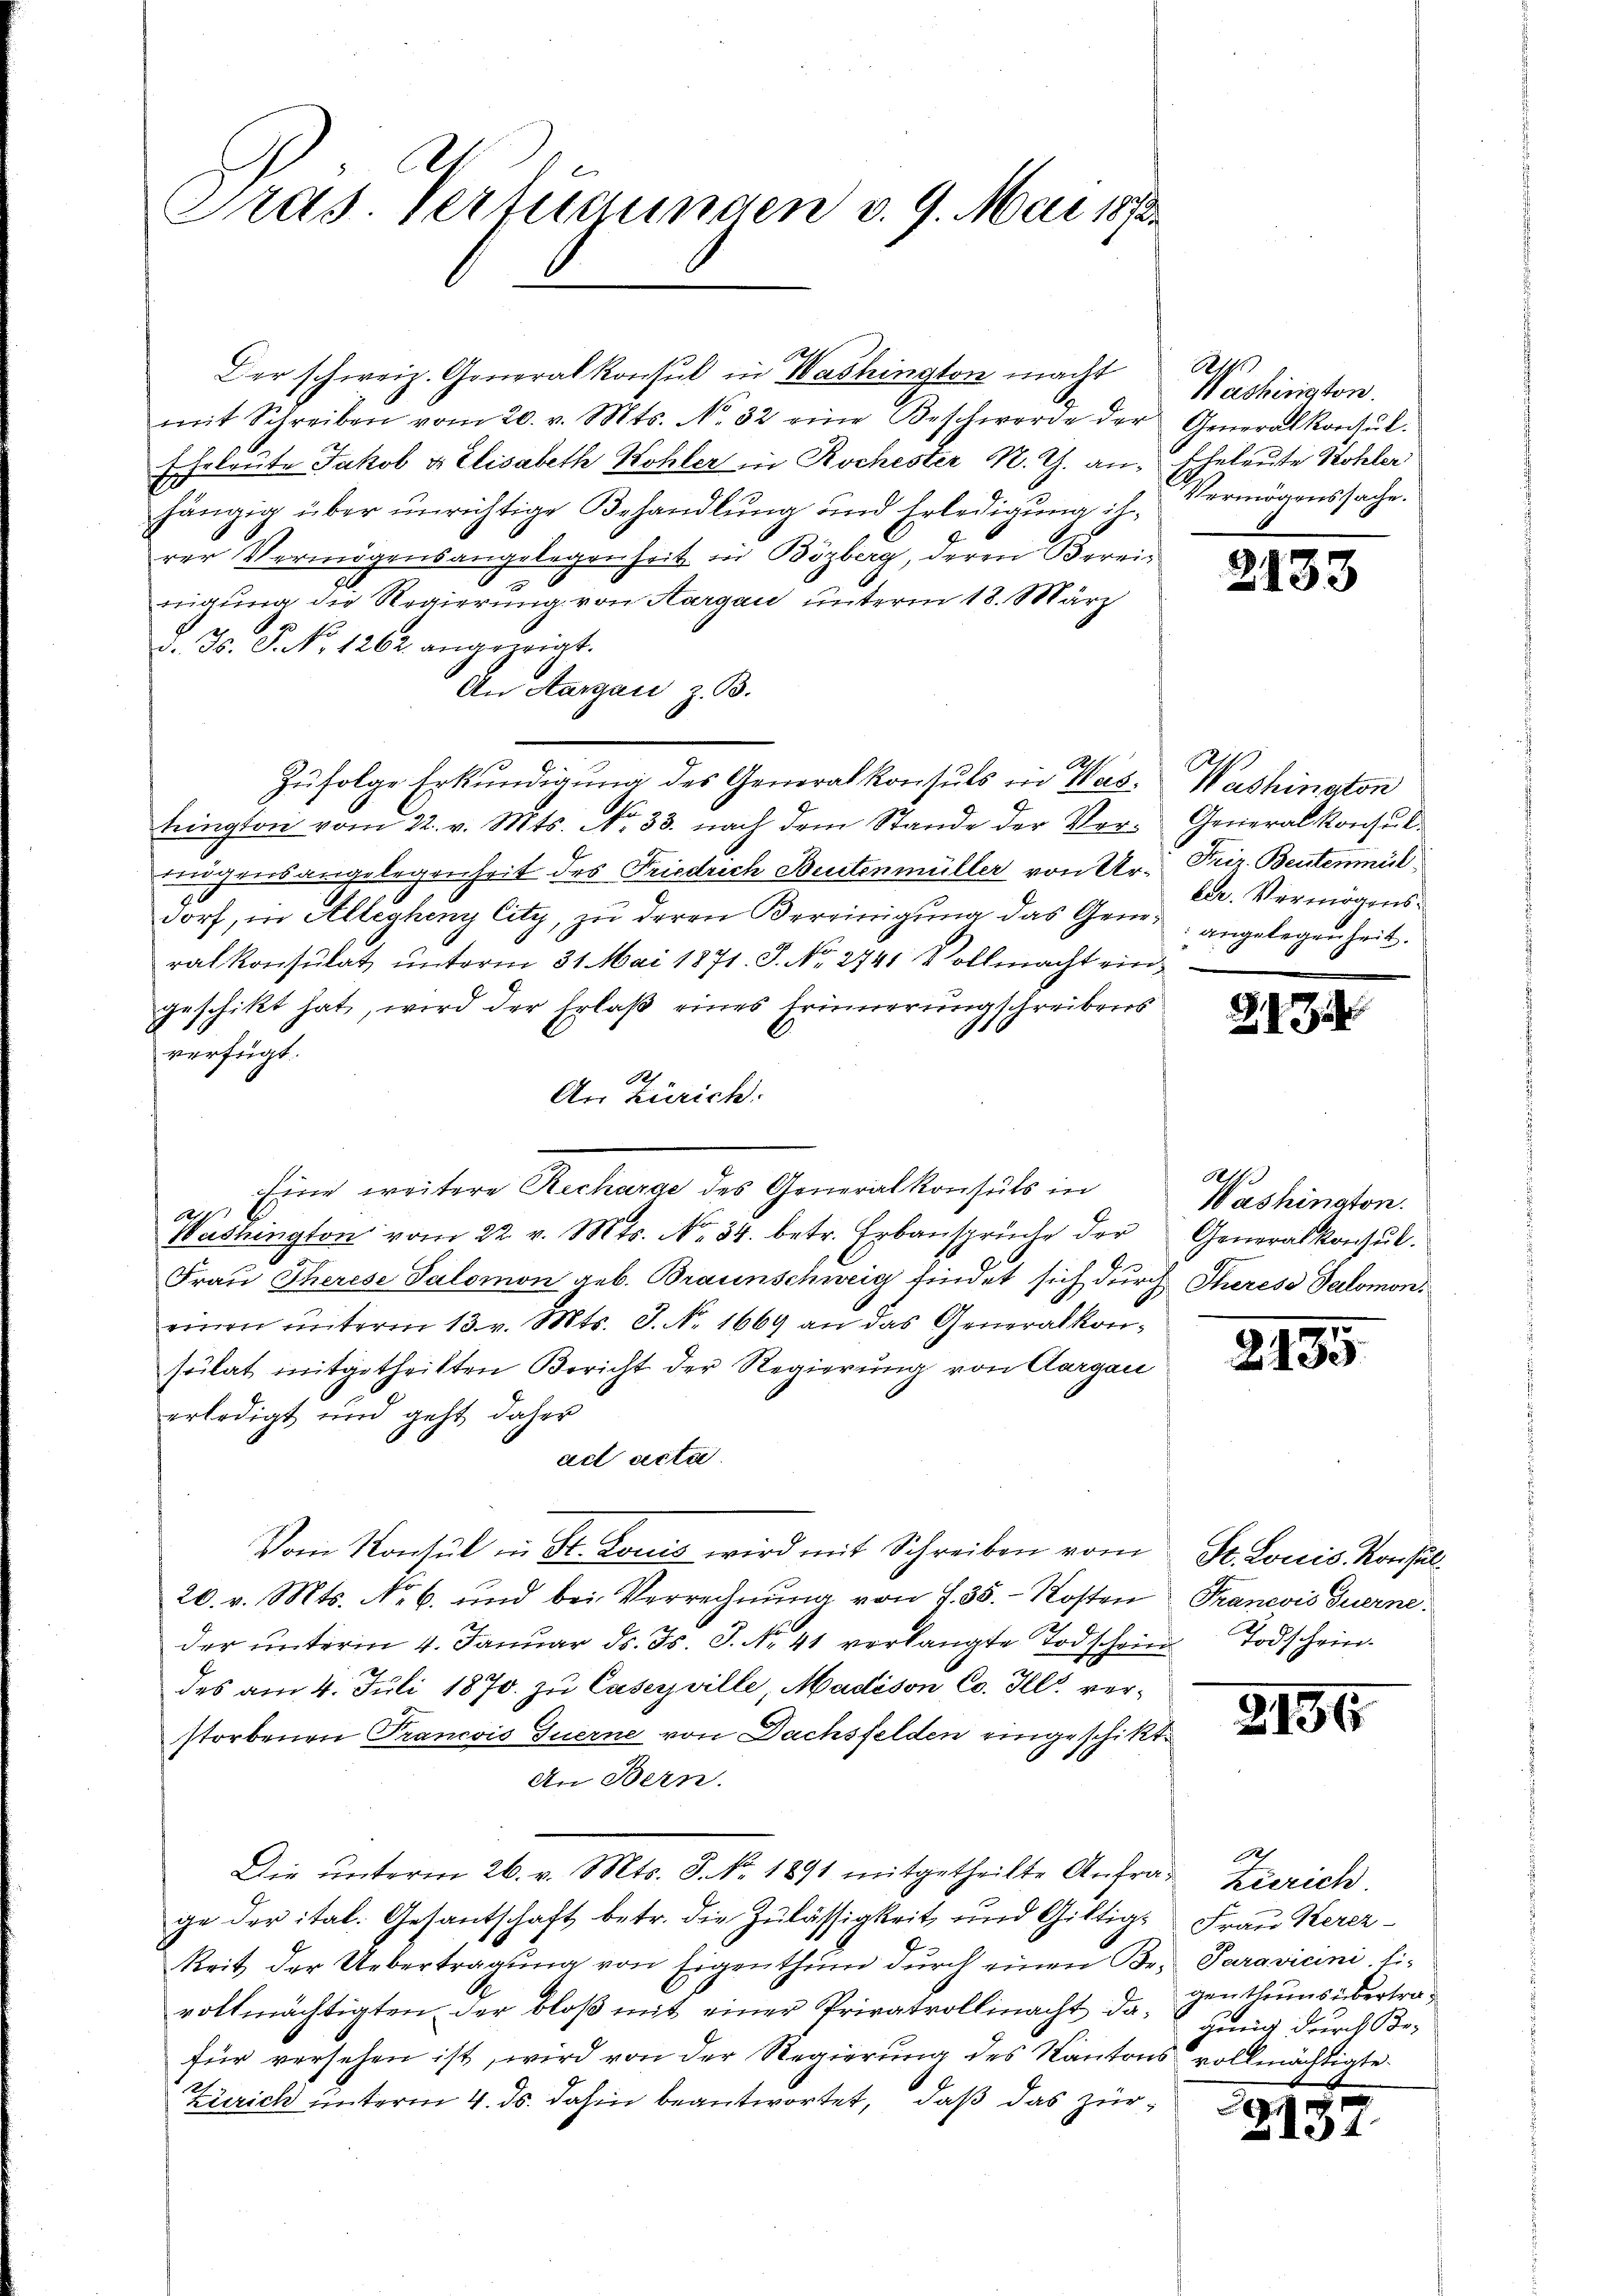
Pras. Vertigungen v. 9. Mai 1873.

Der schweiz. Generalkonsul in Washington macht
mit Schreiben vom 20. v. Mts. No. 32 eine Beschworde der
Eheleute Jakob & Elisabeth Kohler in Rochester N. Z. an Eheleute Wohler
hängig über unrichtige Behandlung und Erledigung ih-
rer Vermögensangelegenheit in Bözberg, deren Bereinigung die Regierung von Aargau unterm 18. März
d. J. P. No 1262. angezeigt.
An Aargau, z. B.
Zufolge Erkundigung des Generalkonsuls in Wastrington vom 22. v. Mts. No 33. nach dem Stande der Vorrugensangelegenheit des Friedrich Beutenmüller von Urdorf, in Allegheny City, zu deren Vereinigung das Generalkonsulat ŭnterm 31. Mai 1871. S. Nr. 2741 Vollmacht ein
geschikt hat, wird der Erlaß eines Erinnerung schreibens
verfügt:
8
An Zürich.
Eine weitere Recharge des Generalkonsuls in
2
Washington vom 22. v. Mts. No. 34. betr. Erbanspruche der
Frau Therese Salomon geb. Braunschweig findet sich durch Therese Salomon.
einen unterm 13. v. Mts. S. Nr. 1669 an das Generalkonsulat mitgetheilten Bericht der Regierung von Aargau
erledigt und geht daher
act acta
Vom Konsul in St. Louis wird mit Schreiben vom
20. v. Mts. No 6. und bei Verrechnŭng von S. 35. Kosten
der ŭnterm 4. Janŭar d. Js. J. No. 41 verlangte Todschein. Todschein.
des am 4. Juli 1870 zu Caserville, Madison Co. Ill. verstorbenen Trancois Tuerne von Dachsfelden eingeschikt.
An Bern.
Die ŭnterm 26. v. Mts. S. Nr. 1891 mitgetheilte Anfra Zeerich
ge der ital. Gesantschaft betr. die Zulässigkeit und Giltig-
keit der Uebertragŭng von Eigenthum durch einen Br. Paravicini li-
vollmächtigten der bloß mit einer Privatvollinacht dafür versehen ist, wird von der Regierung des Kantons vollmächtigte
Zürich unterm 4. ds. dahin beantwortet, daß das zür¬

R
Washington.
Generalkonsul.
Vermögenssache.

2133

Washington
Generalkonsul
Friz. Beutenmül
ler. Vermögensangelegenheit.

3.13

Als
Washington.
Generalkonsul.

2135

St. Louis. Konsul
Francois Guerne

2156

1
Frau Kerez
genthums übertrag
gung durch Be-

3
2137